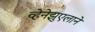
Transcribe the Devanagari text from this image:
व्हेनेझुएलाने